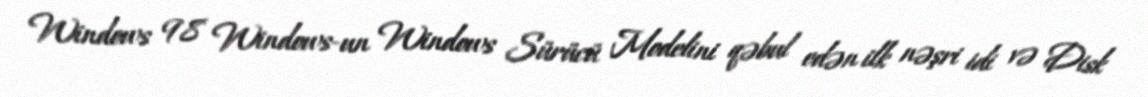
Windows 98 Windows-un Windows Sürücü Modelini qəbul edən ilk nəşri idi və Disk